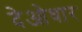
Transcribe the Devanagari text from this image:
देओधार